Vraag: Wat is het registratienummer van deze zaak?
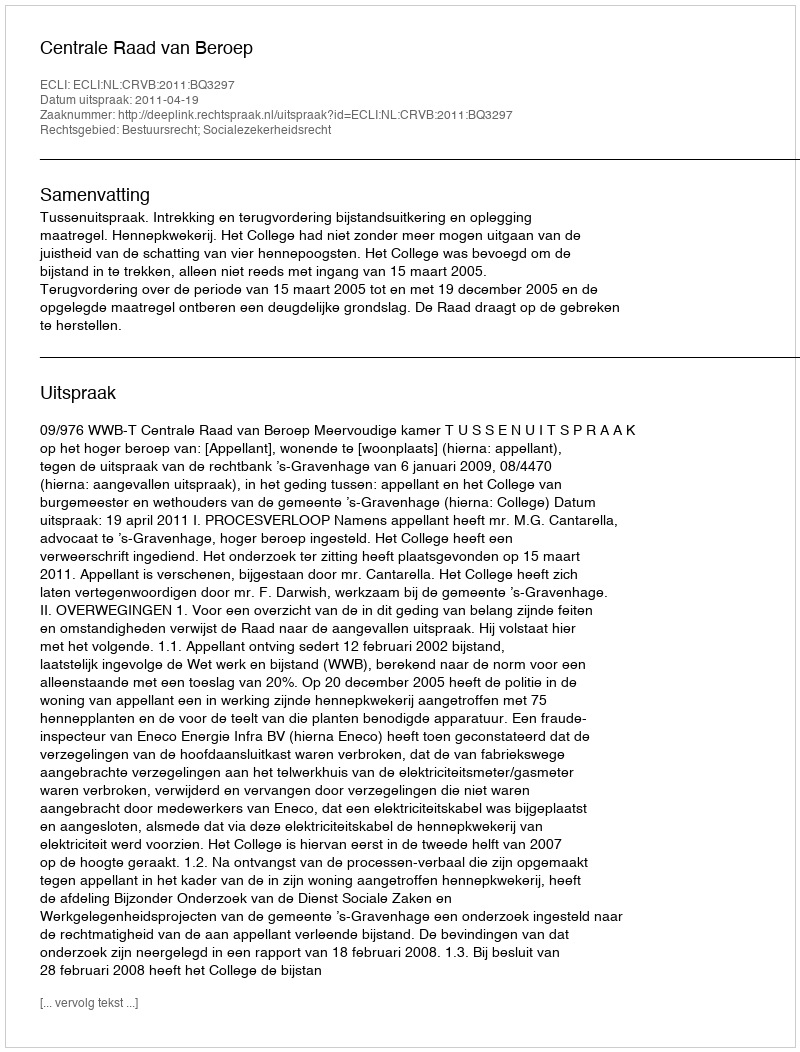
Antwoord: http://deeplink.rechtspraak.nl/uitspraak?id=ECLI:NL:CRVB:2011:BQ3297